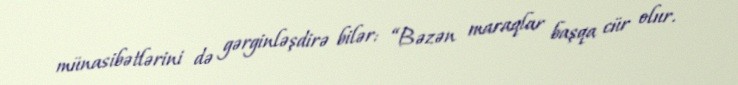
münasibətlərini də gərginləşdirə bilər: “Bəzən maraqlar başqa cür olur.